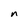
Character: n